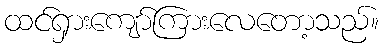
ထင်ရှားကျော်ကြားလေတော့သည်။